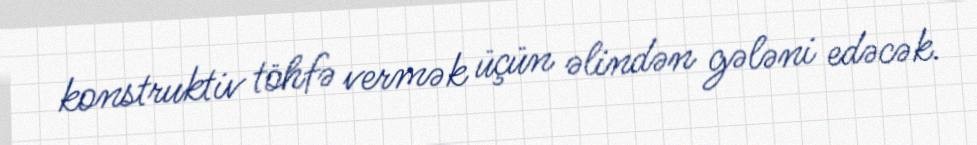
konstruktiv töhfə vermək üçün əlindən gələni edəcək.